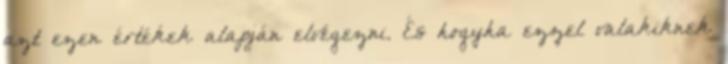
azt ezen értékek alapján elvégezni. És hogyha ezzel valakiknek